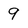
Character: 9